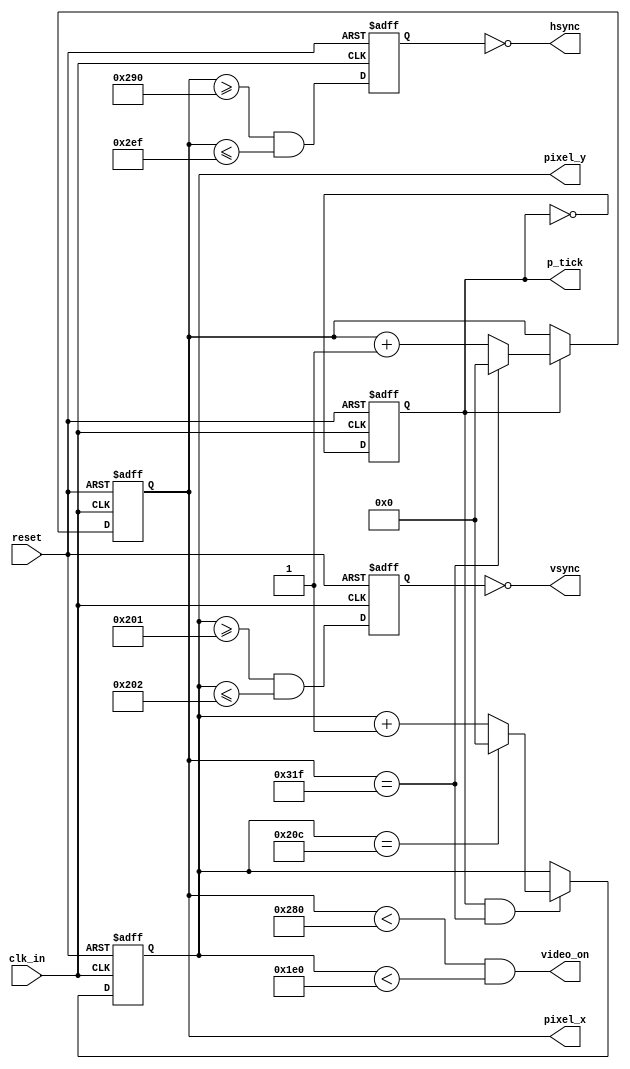
`timescale 1ns / 1ps
//////////////////////////////////////////////////////////////////////////////////
// Company: 
// Engineer: 
// 
// Design Name: 
// Module Name: VGA_Sync
// Project Name: 
// Target Devices: 
// Tool Versions: 
// Description: 
// 
// Dependencies: 
// 
// Revision:
// Revision 0.01 - File Created
// Additional Comments:
// 
//////////////////////////////////////////////////////////////////////////////////


// declaracion de modulo VGA_Sync y variables de entrada y salida del bloque sincronizador
module VGA_Sync(
    input wire clk_in, reset,
    output wire hsync, vsync, video_on, p_tick,
    output wire [9:0] pixel_x, pixel_y
    );
   
    //Divisor_F divisor(.clkd(clk_in));

//declaracion de constantes, parametros de la pantalla 640x480
   localparam HD = 640; // horizontal display area
   localparam HF = 48 ; // h. front (left) border
   localparam HB = 16 ; // h. back (right) border
   localparam HR = 96 ; // h. retrace
   localparam VD = 480; // vertical display area
   localparam VF = 10;  // v. front (top) border
   localparam VB = 33;  // v. back (bottom) border
   localparam VR = 2;   // v. retrace

//mod2_contador
   
   reg mod2_reg;
   wire mod2_next;

 //contadores del sincronizador ( estado presente y futuro auxiliares)
   reg [9:0] h_cont_reg, h_cont_next;
   reg [9:0] v_cont_reg, v_cont_next;
 
//salidas del buffer 
   reg v_sync_reg, h_sync_reg;
   wire v_sync_next, h_sync_next;
  
//estado de la seal
   wire h_end, v_end, pixel_tick;
   

//registros
   always @(posedge clk_in, posedge reset)
      if (reset)
         begin
            mod2_reg <= 1'b0;
            v_cont_reg <= 0;
            h_cont_reg <= 0;
            v_sync_reg <= 1'b0;
            h_sync_reg <= 1'b0;
         end
      else
         begin
            mod2_reg <= mod2_next;
            v_cont_reg <= v_cont_next;
            h_cont_reg <= h_cont_next;
            v_sync_reg <= v_sync_next;
            h_sync_reg <= h_sync_next;
         end

//mod2 circuito generador de frecuencia 25MHz

   assign mod2_next = ~mod2_reg;
   assign pixel_tick = mod2_reg; 

//final de contador horizontal (bit 799)
   assign h_end = (h_cont_reg==(HD+HF+HB+HR-1));

//final de contador vertical (524)
   assign v_end = (v_cont_reg==(VD+VF+VB+VR-1));

//seales de reloj 
//siguiente estado logico de mod_800 contador de sincronizador horizontal
   always @*
      if (pixel_tick)  // pulso de 25 MHz 
         if (h_end)
            h_cont_next = 0;
         else
            h_cont_next = h_cont_reg + 1;
      else
         h_cont_next = h_cont_reg;


//Siguiente estado logico de mod_525 contador de sincronizador vertical
   always @*
      if (pixel_tick & h_end)
         if (v_end)
            v_cont_next = 0;
         else
            v_cont_next = v_cont_reg + 1;
      else
         v_cont_next = v_cont_reg;

// eliminador glitch para vsync y hsync
// 656 y 751 horizontal
   assign h_sync_next = (h_cont_reg>=(HD+HB) &&
                         h_cont_reg<=(HD+HB+HR-1));
//v_h_sync_sig 490-491
   assign v_sync_next = (v_cont_reg>=(VD+VB) &&
                         v_cont_reg<=(VD+VB+VR-1));

// video on/off
   assign video_on = (h_cont_reg<HD) && (v_cont_reg<VD);

//Salidas del sistema sincronizador
   assign hsync = ~h_sync_reg;
   assign vsync = ~v_sync_reg;
   assign pixel_x = h_cont_reg;
   assign pixel_y = v_cont_reg;
   assign p_tick = pixel_tick;

endmodule